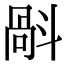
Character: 𣂄